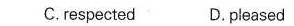
C.respected D.pleased